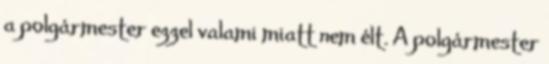
a polgármester ezzel valami miatt nem élt. A polgármester